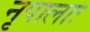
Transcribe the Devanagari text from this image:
नृपालाः